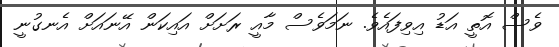
ވެސް އޮތީ އަޑު އިވިފައެވެ. ނަމަވެސް މާއީ ރަށަށް އައިކަން އޭނައަށް އެނގުނީ